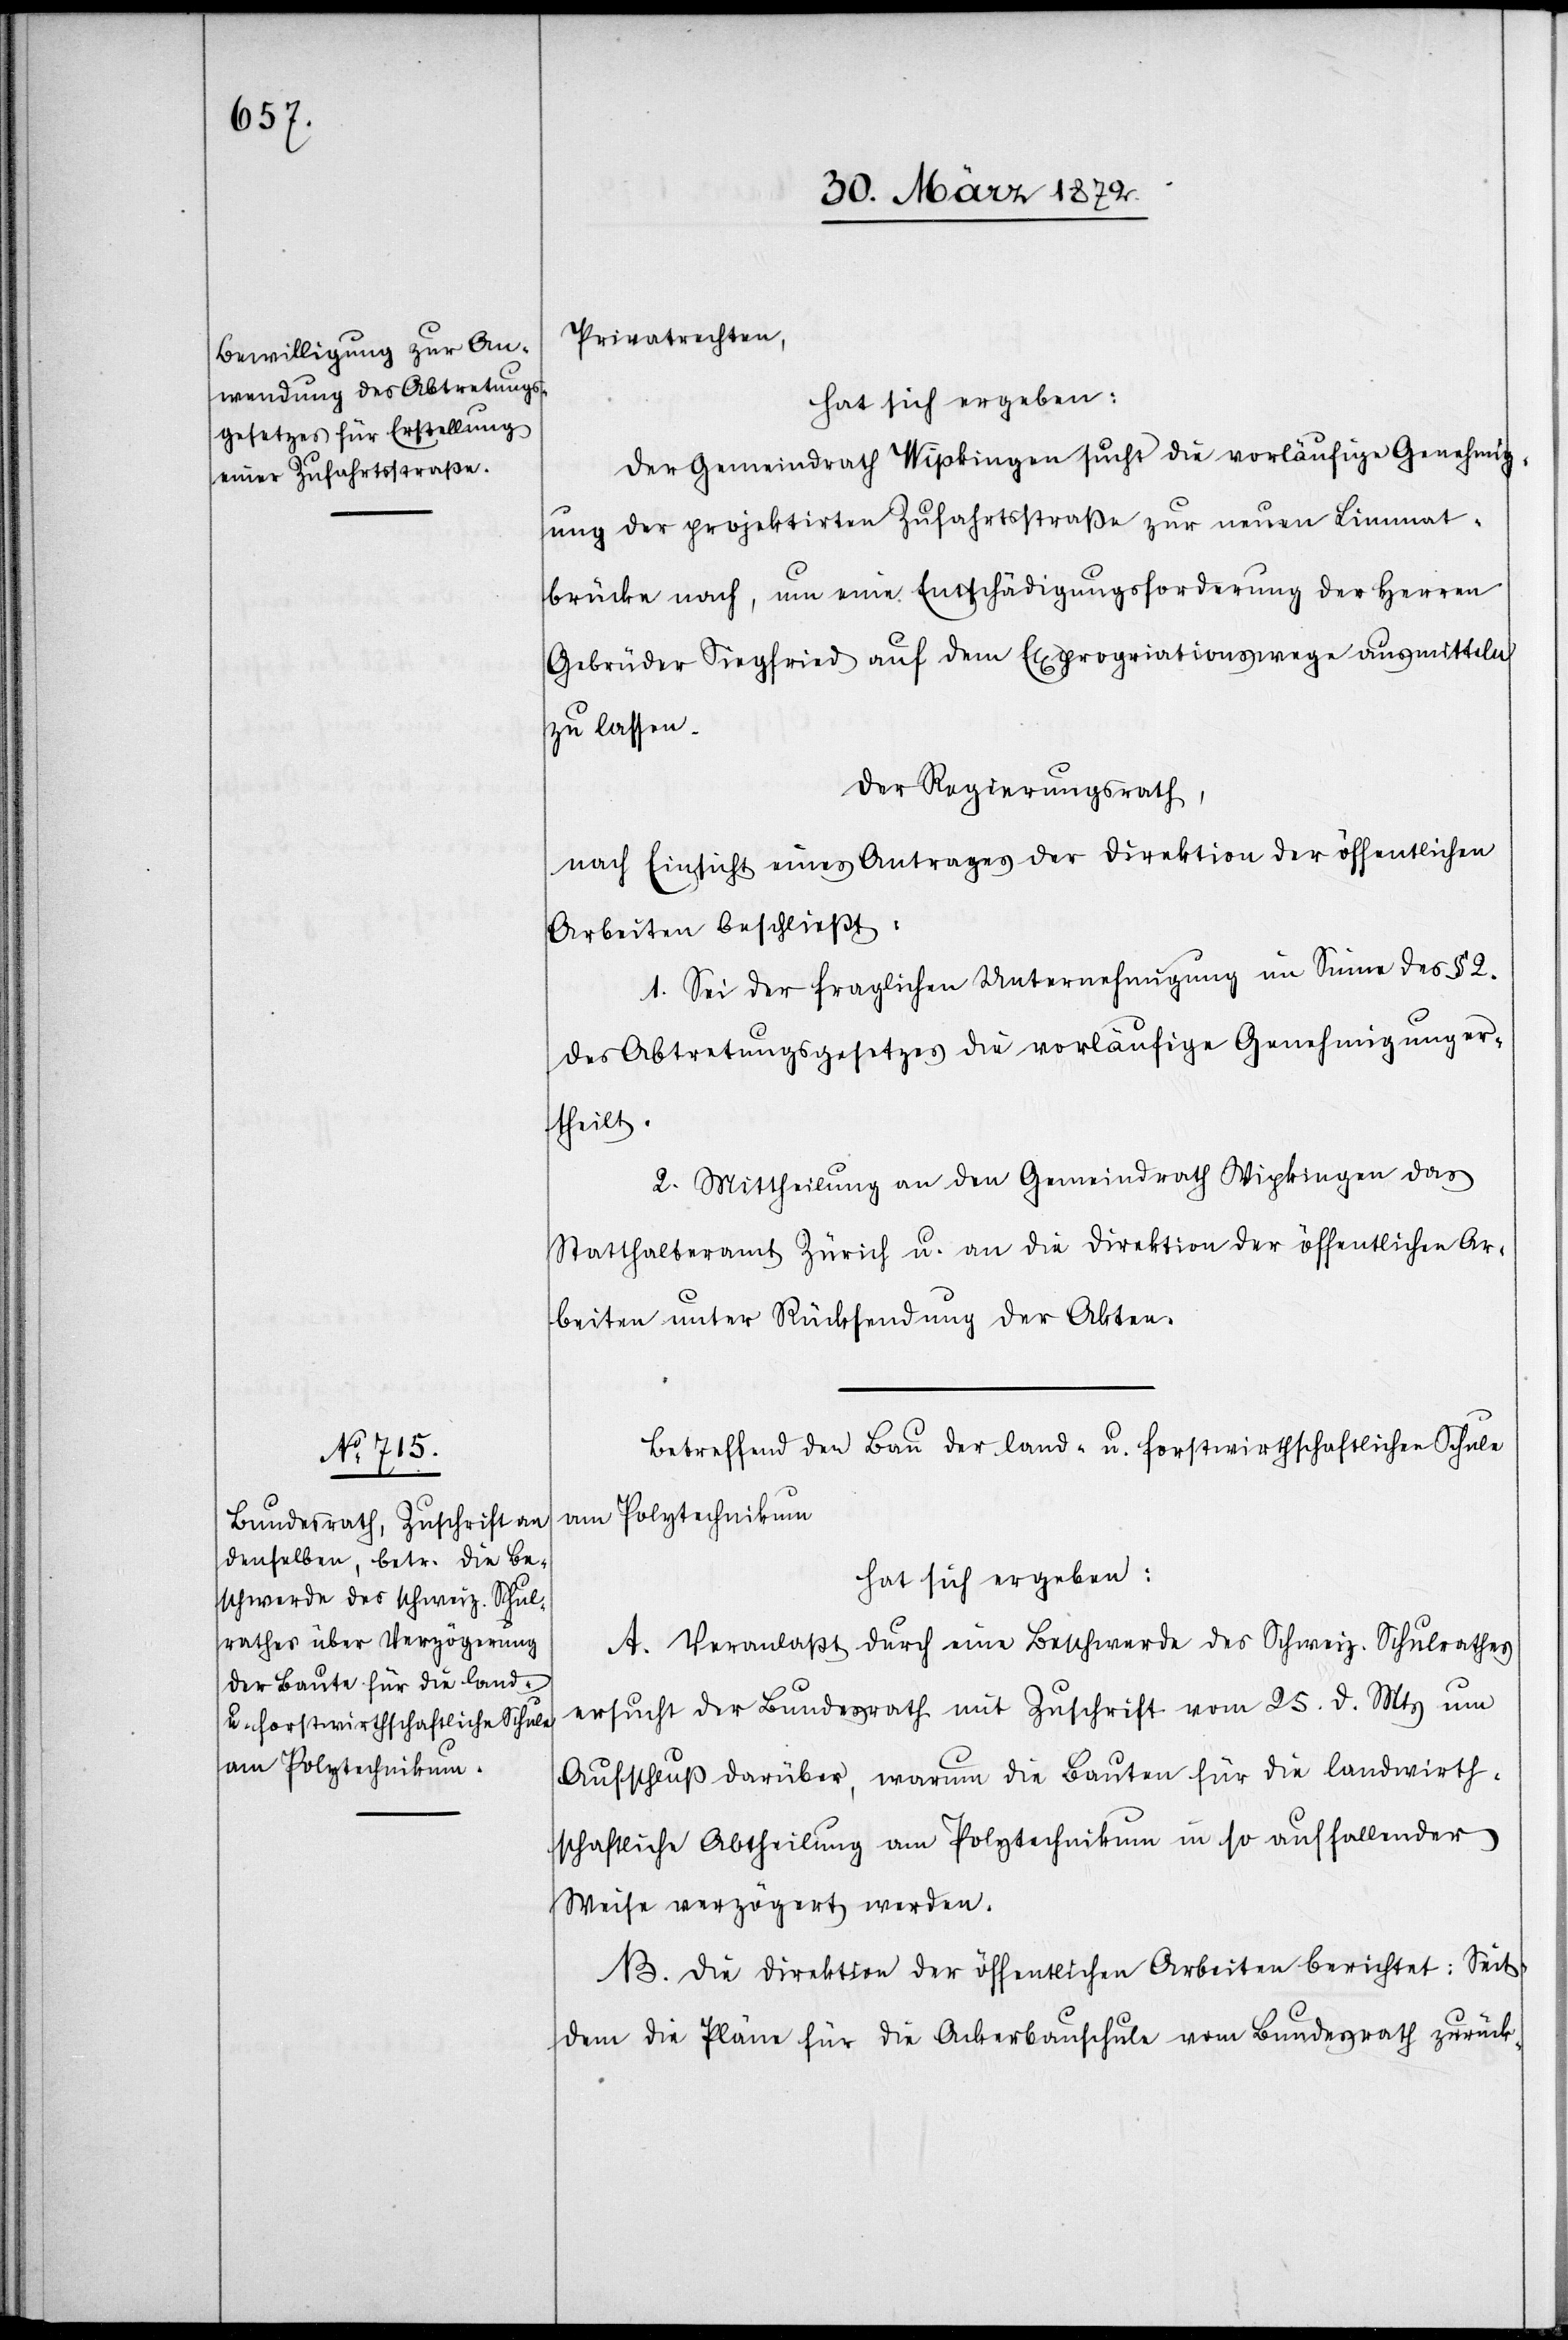
Privatrechten,
hat sich ergeben:
Der Gemeindrath Wipkingen sucht die vorläufige Genehmig¬
ung der projektirten Zufahrtsstraße zur neuen Limmat¬
brücke nach, um eine Entschädigungsforderung der Herren
Gebrüder Siegfried auf dem Expropriationswege ausmitteln
zu lassen.
Der Regierungsrath,
nach Einsicht eines Antrages der Direktion der öffentlichen
Arbeiten beschließt:
1. Sei der fraglichen Unternehmigung im Sinne des § 2.
des Abtretungsgesetzes die vorläufige Genehmigung er¬
theilt.
2. Mittheilung an den Gemeindrath Wipkingen[,] das
Statthalteramt Zürich u. an die Direktion der öffentlichen Ar¬
beiten unter Rücksendung der Akten.
Betreffend den Bau der land- u. forstwirthschaftlichen Schule
am Polytechnikum
hat sich ergeben:
A. Veranlaßt durch eine Beschwerde des Schweiz. Schulrathes
ersucht der Bundesrath mit Zuschrift vom 25. d. Mts um
Aufschluß darüber, warum die Bauten für die landwirth¬
schaftliche Abtheilung am Polytechnikum in so auffallender
Weise verzögert werden.
B. Die Direktion der öffentlichen Arbeiten berichtet: Seit¬
dem die Pläne für die Ackerbauschule vom Bundesrath zurück-